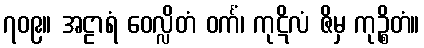
၇၀၉။ အဠာရံ ဝေလ္လိတံ ဝင်္ကံ၊ ကုဋိလံ ဇိမှ ကုဉ္စိတံ။